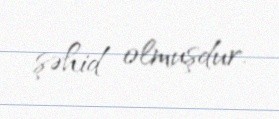
şəhid olmuşdur.